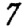
Digit: 7